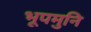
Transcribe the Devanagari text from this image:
भूपमुनि